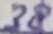
Text: 38